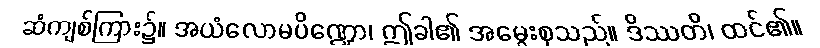
ဆံကျစ်ကြား၌။ အယံလောမပိဏ္ဍော၊ ဤခါ၏ အမွေးစုသည်။ ဒိဿတိ၊ ထင်၏။